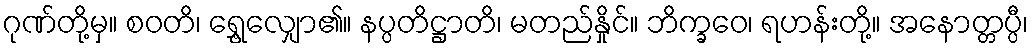
ဂုဏ်တို့မှ။ စဝတိ၊ ရွှေ့လျှော၏။ နပ္ပတိဋ္ဌာတိ၊ မတည်နှိုင်။ ဘိက္ခဝေ၊ ရဟန်းတို့။ အနောတ္တပ္ပီ၊